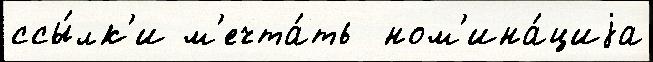
ссы́лк'и м'ечта́ть  ном'ина́циjа